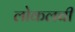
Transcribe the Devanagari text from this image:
लोकलची